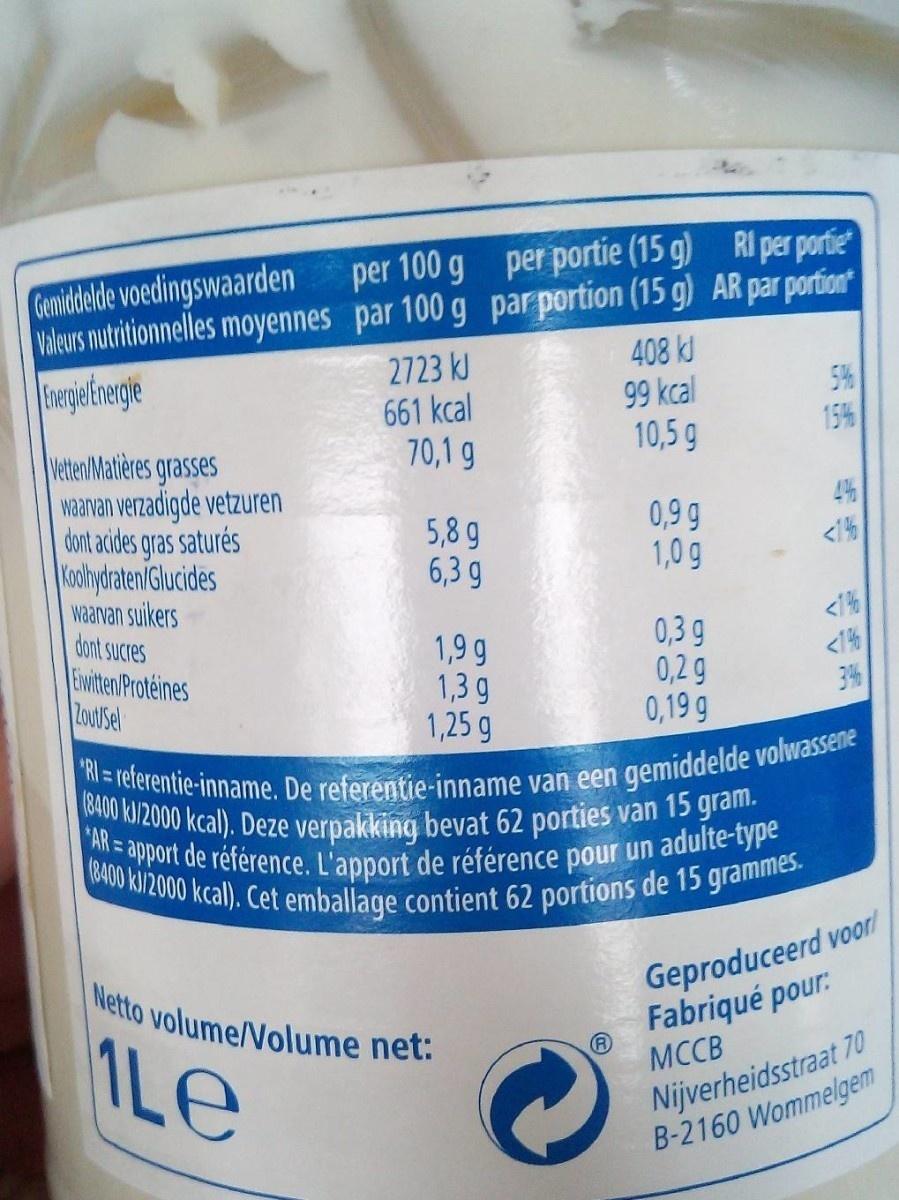
per 100 g per portie (15 g) RI per portie
Genidelde voedingswaarden Valeurs nutritionnelles moyennes par 100 g par portion (15 g) AR par portion
2723 kJ 661 kcal 70,1 g
408 kJ 99 kcal 10,5 g
5% 15%
VetenMatières grasses waarvan verzadigde vetzuren dont acides gras saturés Kolydraten/Glucides waarvan suikers dont sucres Ewiten Protéines Zout Sel
4%
5,8 g 6,3 g
0,9 9 1,0g
<1%
1,9 g 1,3 g 1,25 g
0,3 g 0,2 g 0,19 g
<1% 3%
RI= referentie-inname. De referentie-inname van een gemiddelde volwassene (8400 J/2000 kcal). Deze verpakking bevat 62 porties van 15 gram. AR= apport de référence. L'apport de référence pour un adulte-type (8400 k/2000 kcal). Cet emballage contient 62 portions de 15 grammes.
Geproduceerd voor Fabriqué pour: MCCB
Netto volume/Volume net:
1Le
Nijverheidsstraat 70 B-2160 Wommelgem
m29